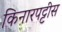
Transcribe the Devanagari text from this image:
किनारपट्टीस